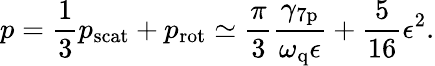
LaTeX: p=\frac{1}{3}p_{\mathrm{scat}}+p_{\mathrm{rot}}\simeq\frac{\pi}{3}\frac{\gamma_{\mathrm{7p}}}{\omega_{\mathrm{q}}\epsilon}+\frac{5}{16}\epsilon^{2}.